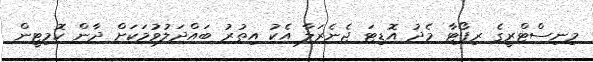
މިނިސްޓްރީގެ ރިޕޯޓާ މެދު އޮޑިޓަ ޖެނެރަލާ އެކު އިތުރު ބައްދަލުވުމަކަށް ދާން ކޮމިޓީން